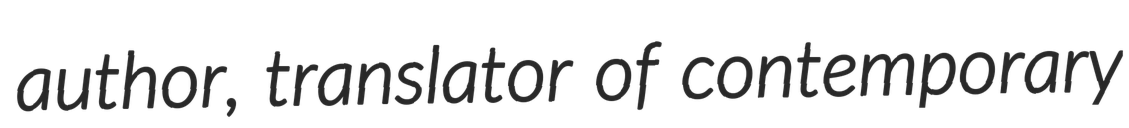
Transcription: author, translator of contemporary